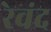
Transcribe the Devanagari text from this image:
रेवंद